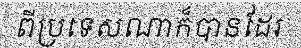
ពីប្រទេសណាក៏បានដែរ